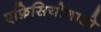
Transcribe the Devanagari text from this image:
एफ़िसियोनाडो